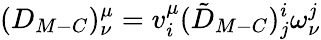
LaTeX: (D_{M-C})_{\nu}^{\mu}=v_{i}^{\mu}(\tilde{D}_{M-C})_{j}^{i}\omega_{\nu}^{j}